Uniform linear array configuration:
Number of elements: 32
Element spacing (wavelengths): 1
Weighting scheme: kaiser
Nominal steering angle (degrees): -60
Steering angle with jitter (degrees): -58.493
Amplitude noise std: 0.05
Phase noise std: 0.05

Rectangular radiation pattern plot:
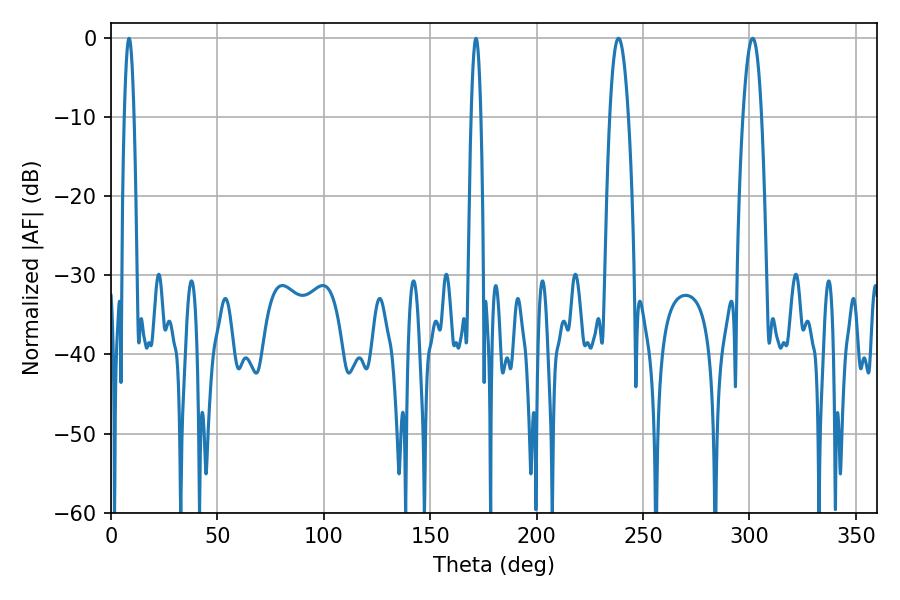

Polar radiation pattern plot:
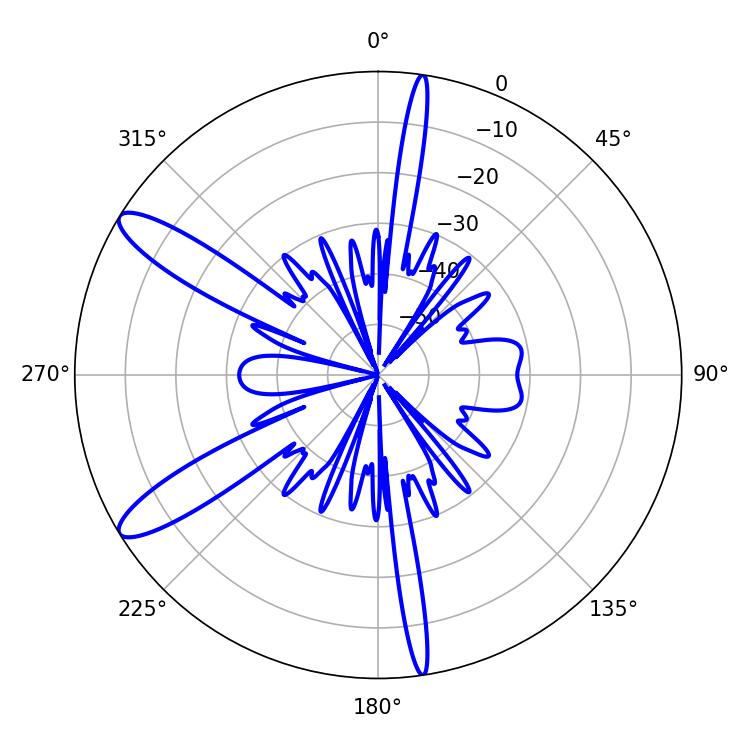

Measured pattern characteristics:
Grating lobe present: TRUE
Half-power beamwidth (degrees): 4.86
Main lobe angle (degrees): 301.5